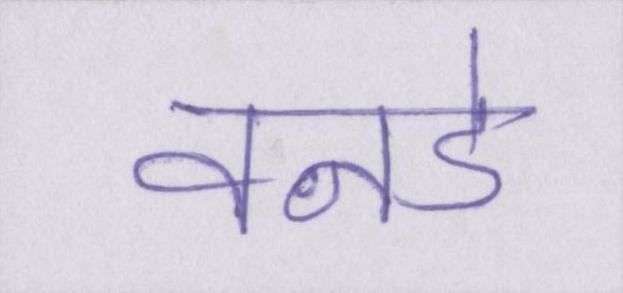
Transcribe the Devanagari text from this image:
वनडे